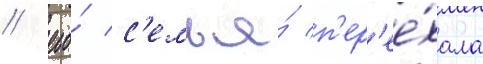
/ его́ с'емья́ п'ер'ее́хала